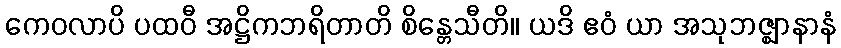
ကေဝလာပိ ပထဝီ အဋ္ဌိကဘရိတာတိ စိန္တေသီတိ။ ယဒိ ဧဝံ ယာ အသုဘဇ္ဈာနာနံ